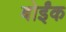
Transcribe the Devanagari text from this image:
बोईंक